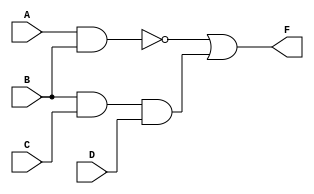
// 

// (1) 
module gate1(F,A,B,C,D);
input A,B,C,D;
output F;

nand (F1,A,B);
and (F2,B,C,D);
or (F,F1,F2);

endmodule

// (2) 
module gate2(F,A,B,C,D);
input A,B,C,D;
output F;

assign F = (A & B) | (B & C & D);

endmodule

// (3) 
module gate3(F,A,B,C,D);
input A,B,C,D;
output F;
reg F;

always @(A or B or C or D) begin
    F = (A & B) | (B & C & D);
end

endmodule